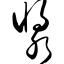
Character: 浆